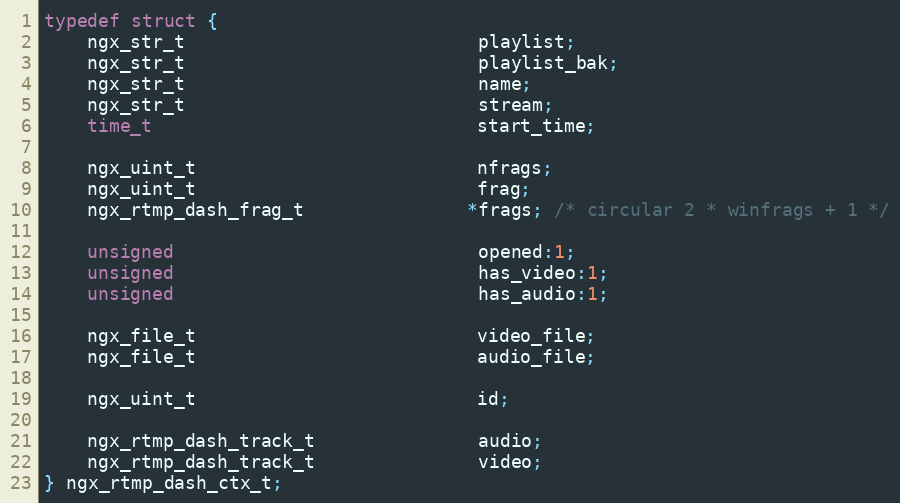
Language: C
typedef struct {
    ngx_str_t                           playlist;
    ngx_str_t                           playlist_bak;
    ngx_str_t                           name;
    ngx_str_t                           stream;
    time_t                              start_time;

    ngx_uint_t                          nfrags;
    ngx_uint_t                          frag;
    ngx_rtmp_dash_frag_t               *frags; /* circular 2 * winfrags + 1 */

    unsigned                            opened:1;
    unsigned                            has_video:1;
    unsigned                            has_audio:1;

    ngx_file_t                          video_file;
    ngx_file_t                          audio_file;

    ngx_uint_t                          id;

    ngx_rtmp_dash_track_t               audio;
    ngx_rtmp_dash_track_t               video;
} ngx_rtmp_dash_ctx_t;